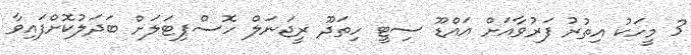
3 މީހަކު އިތުރު ފަރުވާއަށް އައްޑޫ ސިޓީ ހިތަދޫ ރީޖަނަލް ހޮސްޕިޓަލަށް ބަދަލުކޮށްފައިވާ